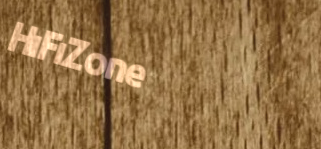
HiFiZone